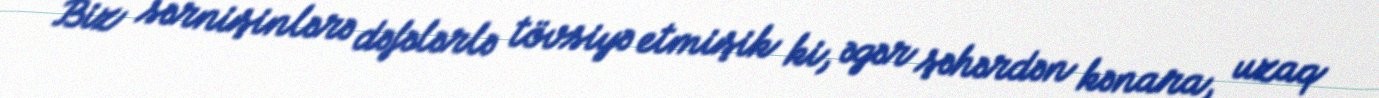
Biz sərnişinlərə dəfələrlə tövsiyə etmişik ki, əgər şəhərdən kənara, uzaq